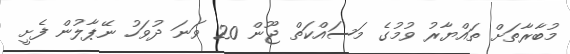
މުބާރާތަށް ތައްޔާރު ވުމުގެ މަސައްކަތް ޖޫން 20 ވަނަ ދުވަހު ނޭޕާލުން ފެށީ